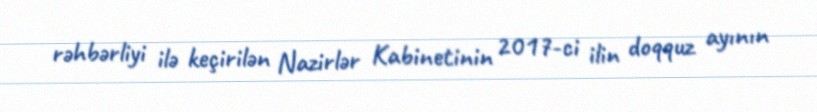
rəhbərliyi ilə keçirilən Nazirlər Kabinetinin 2017-ci ilin doqquz ayının